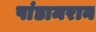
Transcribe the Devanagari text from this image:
पांडामरान